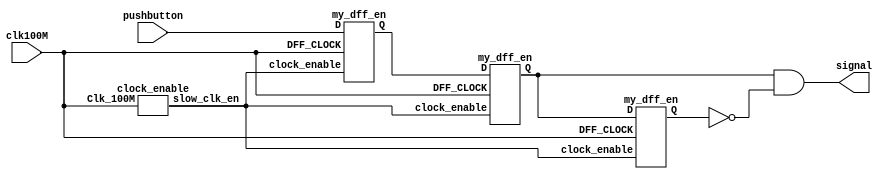
`timescale 1ns / 1ps
//////////////////////////////////////////////////////////////////////////////////
// Company: 
// Engineer: 
// 
// Design Name: 
// Module Name: debounce
// Project Name: 
// Target Devices: 
// Tool Versions: 
// Description: 
// 
// Dependencies: 
// 
// Revision:
// Revision 0.01 - File Created
// Additional Comments:
// 
//////////////////////////////////////////////////////////////////////////////////

//credits: https://www.fpga4student.com/2017/04/simple-debouncing-verilog-code-for.html
module debounce(
    input clk100M,
    input pushbutton,
    output signal
    );
    wire slow_clk_en;
    wire Q1,Q2,Q2_bar,Q0;
    clock_enable u1(clk100M,slow_clk_en);
    my_dff_en d0(clk100M,slow_clk_en,pushbutton,Q0);
    
    my_dff_en d1(clk100M,slow_clk_en,Q0,Q1);
    my_dff_en d2(clk100M,slow_clk_en,Q1,Q2);
    assign Q2_bar = ~Q2;
    assign signal = Q1 & Q2_bar;
endmodule
// Slow clock enable for debouncing button 
module clock_enable(input Clk_100M,output slow_clk_en);
    reg [26:0]counter=0;
    always @(posedge Clk_100M)
    begin
        counter <= (counter>=20_000_000)?0:counter+1;
    end
    assign slow_clk_en = (counter == 20_000_000)?1'b1:1'b0;
endmodule
// D-flip-flop with clock enable signal for debouncing module 
module my_dff_en(input DFF_CLOCK, clock_enable,D, output reg Q=0);
    always @ (posedge DFF_CLOCK) begin
  if(clock_enable==1) 
           Q <= D;
    end
endmodule